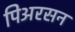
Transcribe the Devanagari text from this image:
पिअरसन